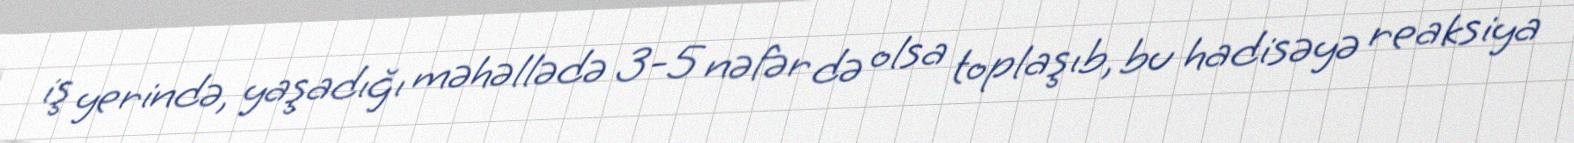
iş yerində, yaşadığı məhəllədə 3-5 nəfər də olsa toplaşıb, bu hadisəyə reaksiya